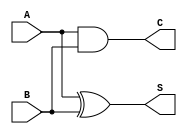
/*************************************************
* Half Adder program
* Shanthanu S Rai(17CO242) and Varun Pattar(17CO249)
* October 13, 2018
*************************************************/

module half_adder(A,B,C,S);

input A,B;
output C,S;

and G1(C,A,B);
xor G2(S,A,B);

endmodule